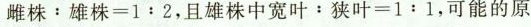
雌株﹔雄株≡1﹔2，且雄株中宽叶：狭叶=1﹔1，可能的原